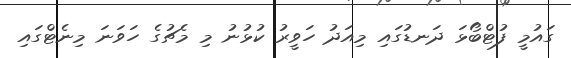
ގައުމީ ފުޓްބޯޅަ ދަނޑުގައި މިއަދު ހަވީރު ކުޅުނު މި މެޗުގެ ހަވަނަ މިނެޓްގައި